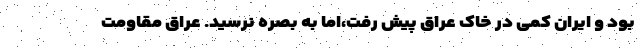
بود و ایران کمی در خاک عراق پیش رفت،اما به بصره نرسید. عراق مقاومت